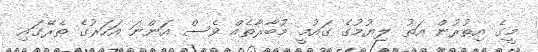
މީގެ އިތުރުން އަތު ލިޔުމުގެ ގައުމީ މުބާރާތެއް ވެސް އަންނަ އަހަރުގެ ތެރޭގައި